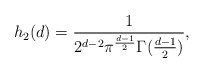
\begin{align*}h_{2}(d)=\frac{1}{2^{d-2}\pi^{\frac{d-1}{2}} \Gamma(\frac{d-1}{2})}, \end{align*}